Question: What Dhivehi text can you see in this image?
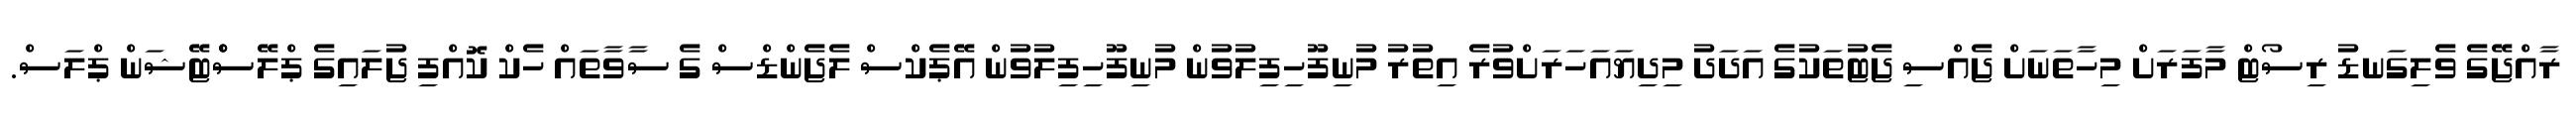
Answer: ރާއްޖޭގެ ވެލިގަނޑު ރިސޯޓް މާފަރަށް މިހާތަނަށް ޖެއްސި ޖެޓުތަކުގެ އަދަދު މިދިޔައަހަރަށްވުރެ އިތުރު މުނިފޫހިފިލުވުން މުނިފޫހިފިލުވުން އޭޕެކްސް ލެޖެންޑްސް ގެ ސާވާތައް ހެކް ކޮއްފި ޖުލައިގެ ޕްލޭސްްޓޭޝަން ޕްލަސް.